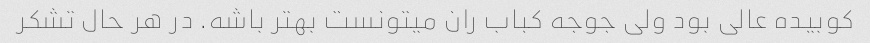
کوبیده عالی بود ولی جوجه کباب ران میتونست بهتر باشه. در هر حال تشکر